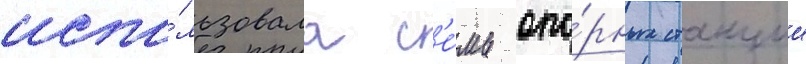
испо́льзовала с'е́мь опо́рных станции